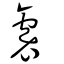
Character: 袌